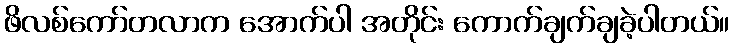
ဖိလစ်ကော်တလာက အောက်ပါ အတိုင်း ကောက်ချက်ချခဲ့ပါတယ်။